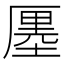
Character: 𠪨